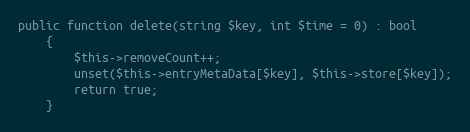
Language: PHP
public function delete(string $key, int $time = 0) : bool
    {
        $this->removeCount++;
        unset($this->entryMetaData[$key], $this->store[$key]);
        return true;
    }